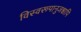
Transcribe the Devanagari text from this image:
विस्वरूपानुजश्चापि